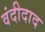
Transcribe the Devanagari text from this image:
वंदीदाद